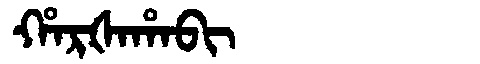
Manchu: ᡥᠠᡵᡧᠠᡥᠠᠪᡳ
Romanization: HARŠAHABI